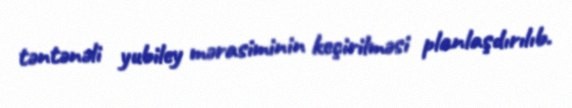
təntənəli yubiley mərasiminin keçirilməsi planlaşdırılıb.